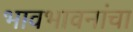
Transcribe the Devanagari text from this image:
भावभावनांचा